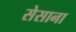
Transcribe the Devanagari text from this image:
सेसाना